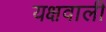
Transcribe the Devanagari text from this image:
यक्षवाली